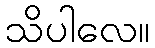
သိပါလေ။